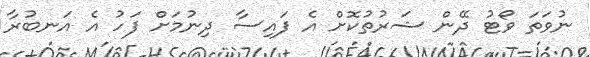
ނުވަތަ ވޯޓު ދޭން ޝަރުތުކޮށް އެ ފައިސާ ދިނުމަށް ފަހު އެ އަނބުރާ